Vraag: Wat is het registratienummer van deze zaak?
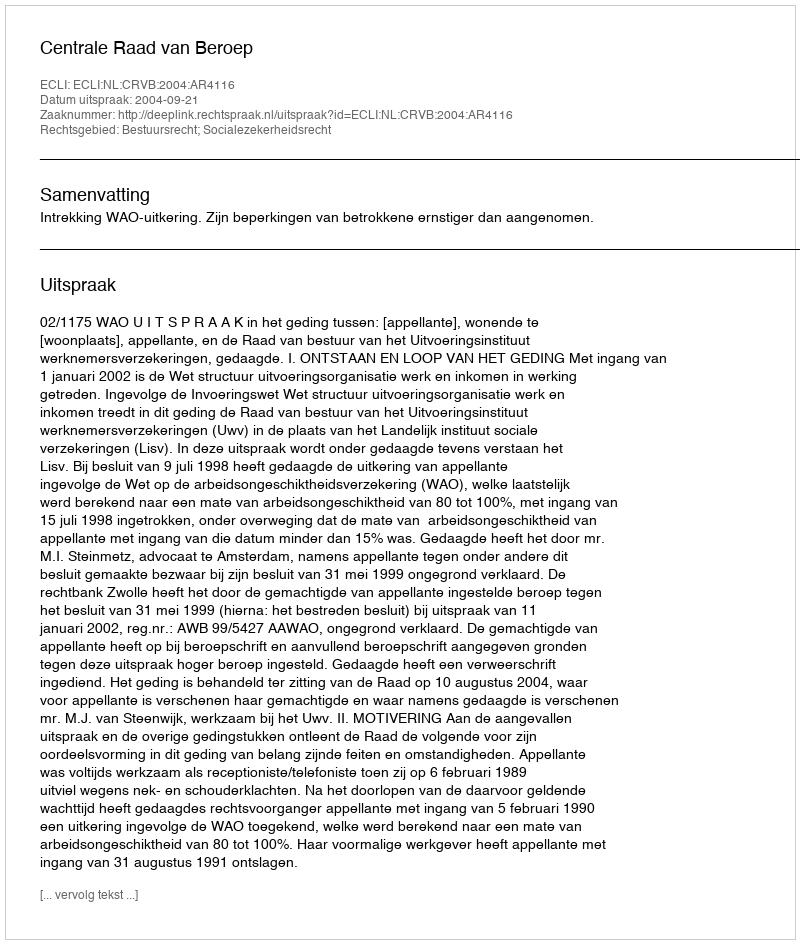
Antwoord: http://deeplink.rechtspraak.nl/uitspraak?id=ECLI:NL:CRVB:2004:AR4116